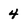
Character: 4